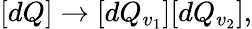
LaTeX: [dQ]\rightarrow[dQ_{v_{1}}][dQ_{v_{2}}],